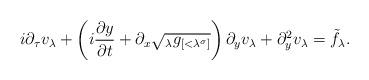
LaTeX: \begin{align*}i\partial_{\tau} v_{\lambda}+ \left(i\frac{\partial y}{\partial t} +\partial_x \sqrt{_{\lambda}g_{[<\lambda^{\sigma}]}} \right)\partial_y v_{\lambda}+\partial^2_y v_{\lambda} = \tilde{f}_\lambda.\end{align*}